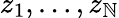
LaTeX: z_{1},\dots,z_{\mathbb{N}}